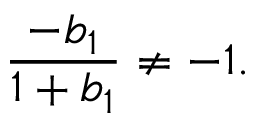
{ \frac { - b _ { 1 } } { 1 + b _ { 1 } } } \neq - 1 .